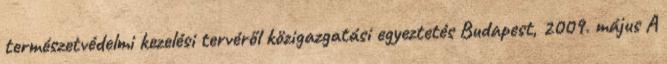
természetvédelmi kezelési tervéről közigazgatási egyeztetés Budapest, 2009. május A